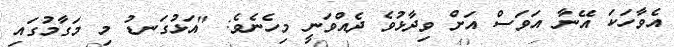
އެވާހަކަ އޭނާ އަވަސް އަށް ވިދާޅުވެ ދެއްވަނީ މިހެނެވެ: "އަޅުގަނޑު މި މަގާމުގައި